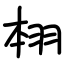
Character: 翉